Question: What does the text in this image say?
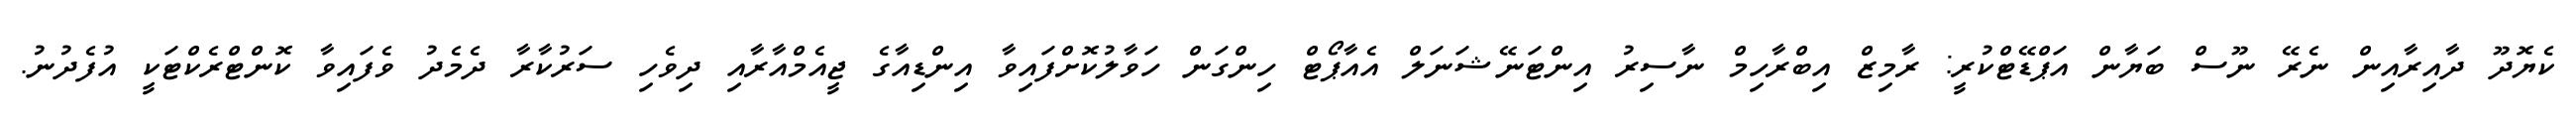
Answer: ކެޔޮދޫ ދާއިރާއިން ނެރޭ ނޫސް ބަޔާން އަޕްޑޭޓްކުރީ: ރާމިޒް އިބްރާހިމް ނާސިރު އިންޓަނޭޝަނަލް އެއާޕޯޓް ހިންގަން ހަވާލުކޮށްފައިވާ އިންޑިއާގެ ޖީއެމްއާރާއި ދިވެހި ސަރުކާރާ ދެމެދު ވެފައިވާ ކޮންޓްރެކްޓަކީ އުފެދުނު.